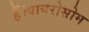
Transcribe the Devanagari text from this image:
हैं।वायरोसोम